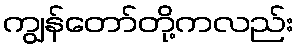
ကျွန်တော်တို့ကလည်း